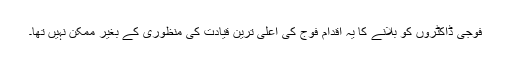
فوجی ڈاکٹروں کو بلانے کا یہ اقدام فوج کی اعلیٰ ترین قیادت کی منظوری کے بغیر ممکن نہیں تھا۔